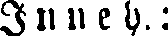
Inneh.: